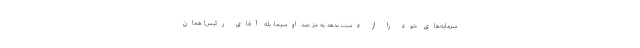
سرمایه‌های خود را از دست بدهد به جز صداوسیما. بله آقای رئیس! همان